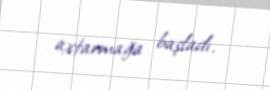
axtarmağa başladı.